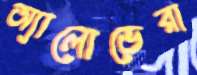
অ্যালোভেরা